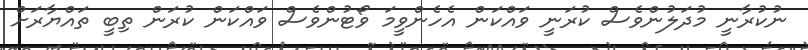
ނުކުރާނީ މުދަލުންވެސް ކުރަނީ ވައްކަން އެހެންވީމަ ވޯޓުންވެސް ވައްކަން ކުރަން ތިބީ ތައްޔާރަށް